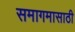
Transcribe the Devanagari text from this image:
समागमासाठी